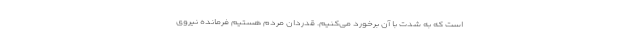
است که به شدت با آن برخورد می‌کنیم. قدردان مردم هستیم فرمانده نیروی